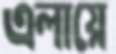
এলায়ে